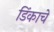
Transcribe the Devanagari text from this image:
डिंकाचे